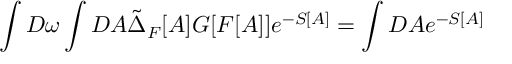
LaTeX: \int D \omega \int D A \tilde { \Delta } _ { F } [ A ] G [ F [ A ] ] e ^ { - S [ A ] } = \int D A e ^ { - S [ A ] }